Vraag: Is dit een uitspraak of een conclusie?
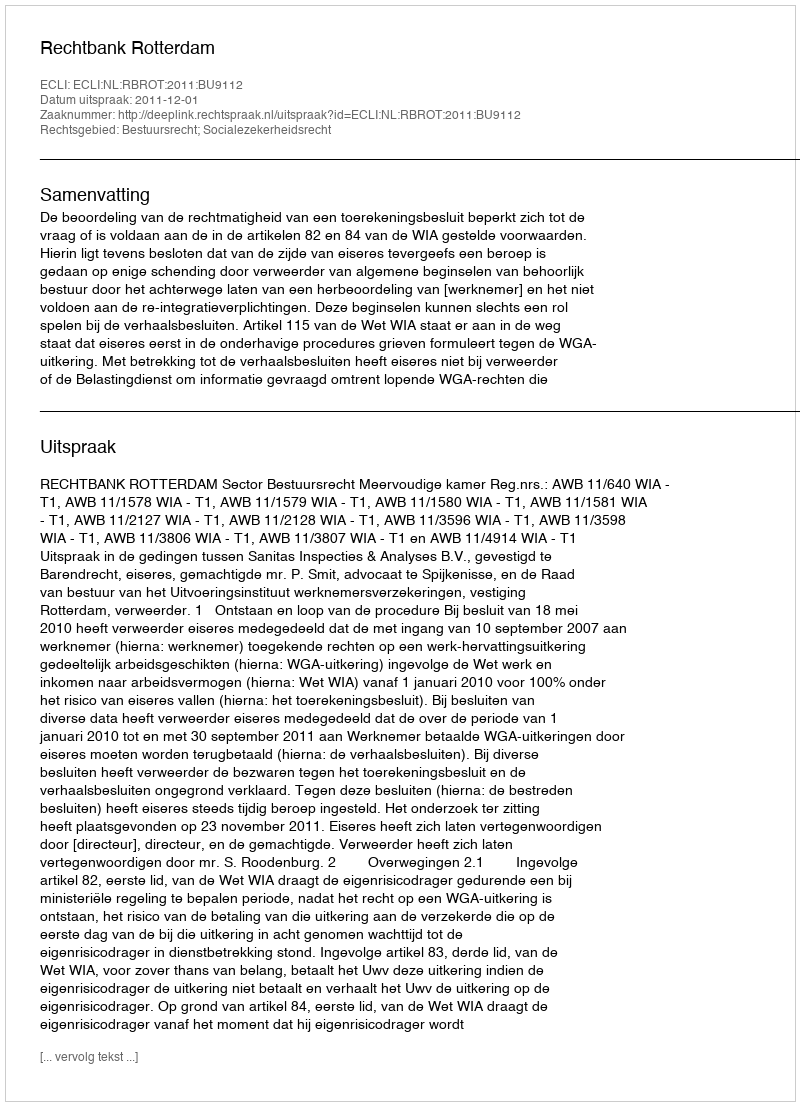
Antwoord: Uitspraak